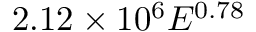
2 . 1 2 \times 1 0 ^ { 6 } E ^ { 0 . 7 8 }